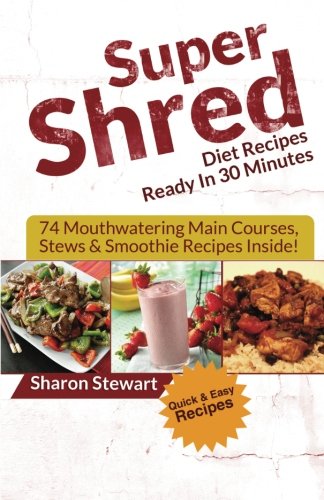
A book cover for Super Shred Diet Recipes Ready In 30 Minutes - 74 Mouthwatering Main Courses, Stews & Smoothie Recipes Inside!; Sharon Stewart; Cookbooks, Food & Wine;